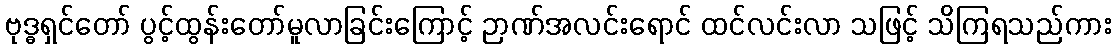
ဗုဒ္ဓရှင်တော် ပွင့်ထွန်းတော်မူလာခြင်းကြောင့် ဉာဏ်အလင်းရောင် ထင်လင်းလာ သဖြင့် သိကြရသည်ကား